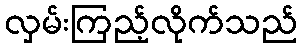
လှမ်းကြည့်လိုက်သည်